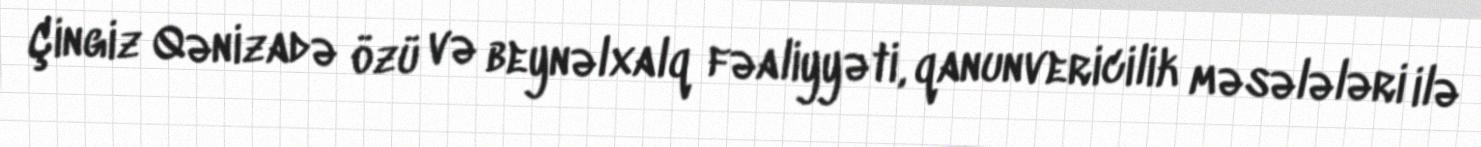
Çingiz Qənizadə özü və beynəlxalq fəaliyyəti, qanunvericilik məsələləri ilə